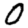
Digit: 0